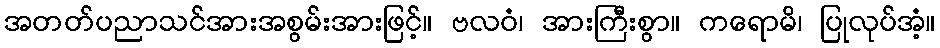
အတတ်ပညာသင်အားအစွမ်းအားဖြင့်။ ဗလဝံ၊ အားကြီးစွာ။ ကရောမိ၊ ပြုလုပ်အံ့။